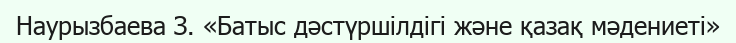
Наурызбаева З. «Батыс дәстүршілдігі және қазақ мәдениеті»